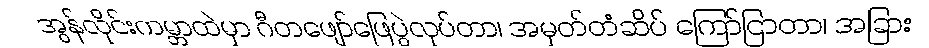
အွန်လိုင်းကမ္ဘာထဲမှာ ဂီတဖျော်ဖြေပွဲလုပ်တာ၊ အမှတ်တံဆိပ် ကြော်ငြာတာ၊ အခြား